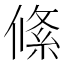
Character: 絛